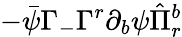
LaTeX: -\bar{\psi}\Gamma_{-}\Gamma^{r}\partial_{b}\psi\hat{\Pi}_{r}^{b}